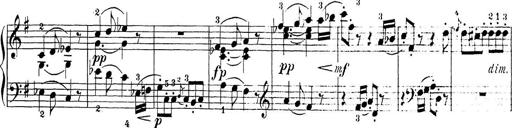
Title: Sonatina Album
Composer: Louis KÃ¶hler